65_HS1-834228961_62-HQ-83894_Section_8
Agency: FBI
Page 15
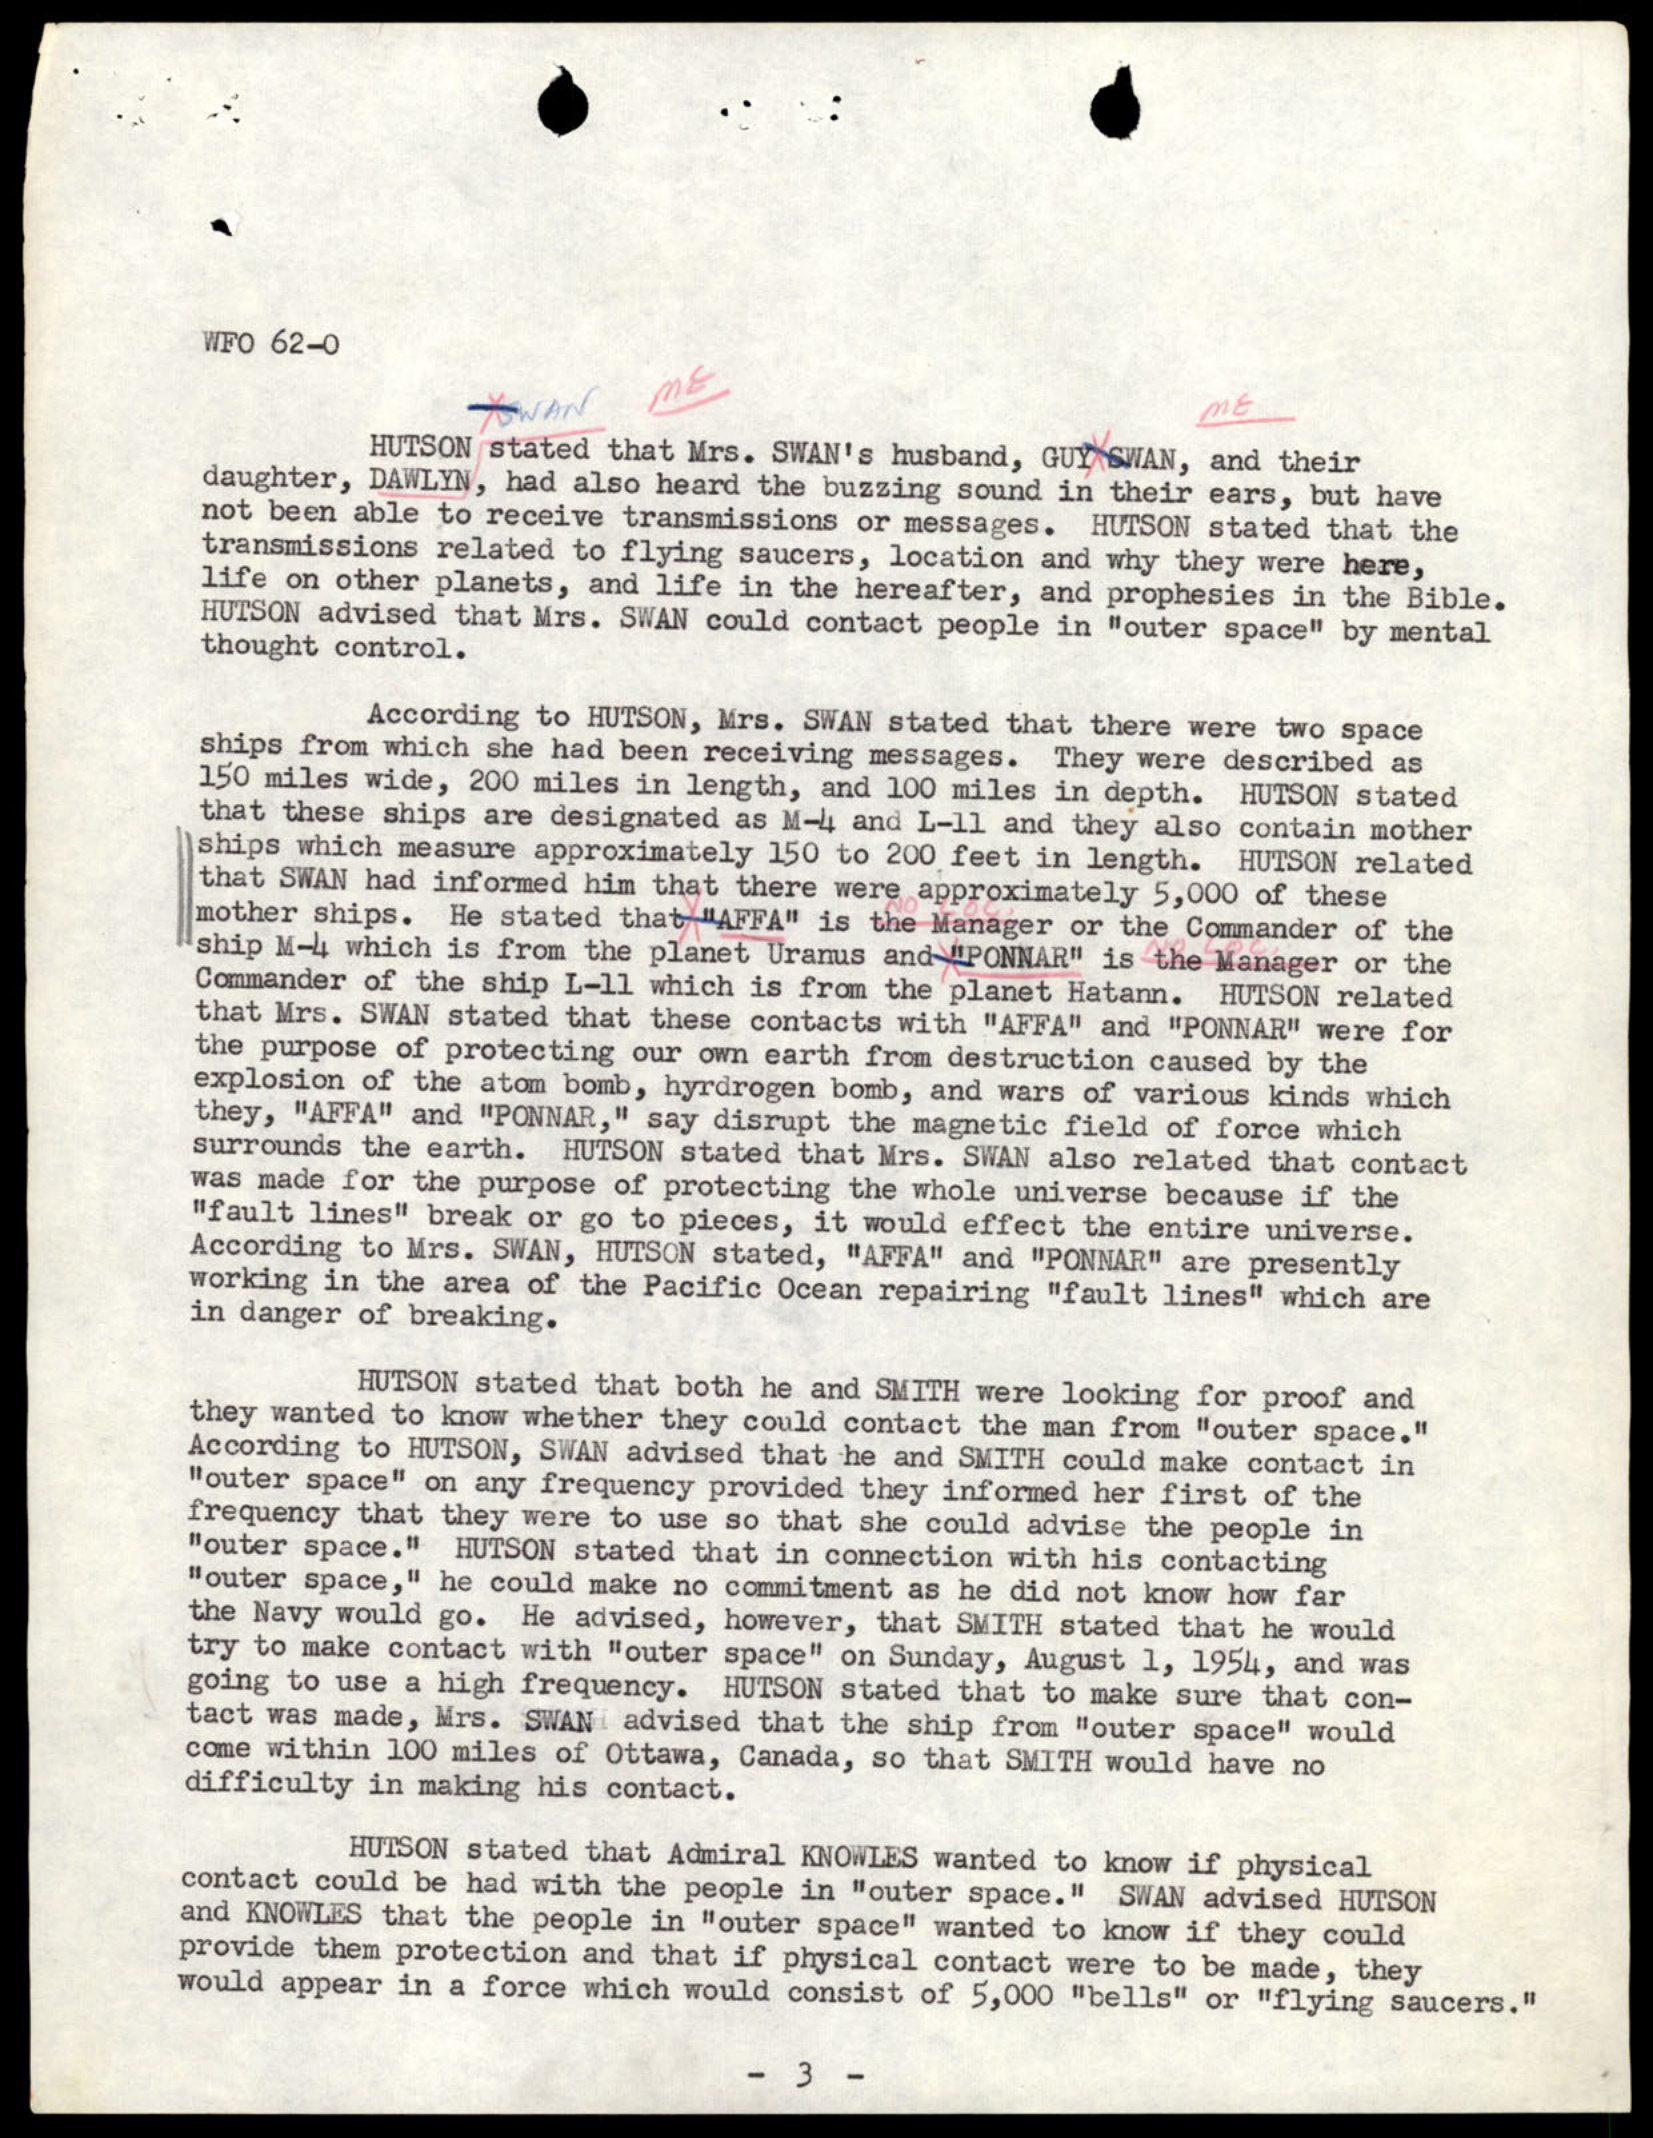